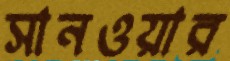
সানওয়ার